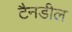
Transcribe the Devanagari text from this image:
टैनडील